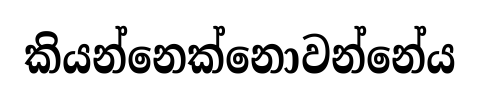
කියන්නෙක්නොවන්නේය